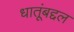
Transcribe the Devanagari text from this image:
धातूंबद्दल